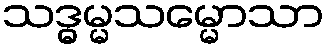
သဒ္ဓမ္မသမ္မောသာ